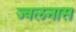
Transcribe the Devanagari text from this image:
ज्वलनास